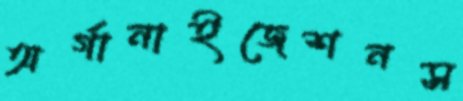
অর্গানাইজেশনস